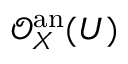
{ \mathcal { O } } _ { X } ^ { \mathrm { a n } } ( U )